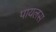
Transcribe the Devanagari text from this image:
पायलस